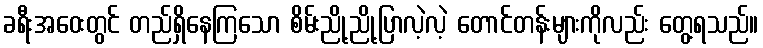
ခရီးအဝေးတွင် တည်ရှိနေကြသော စိမ်းညို့ညို့ပြာလဲ့လဲ့ တောင်တန်းများကိုလည်း တွေ့ရသည်။